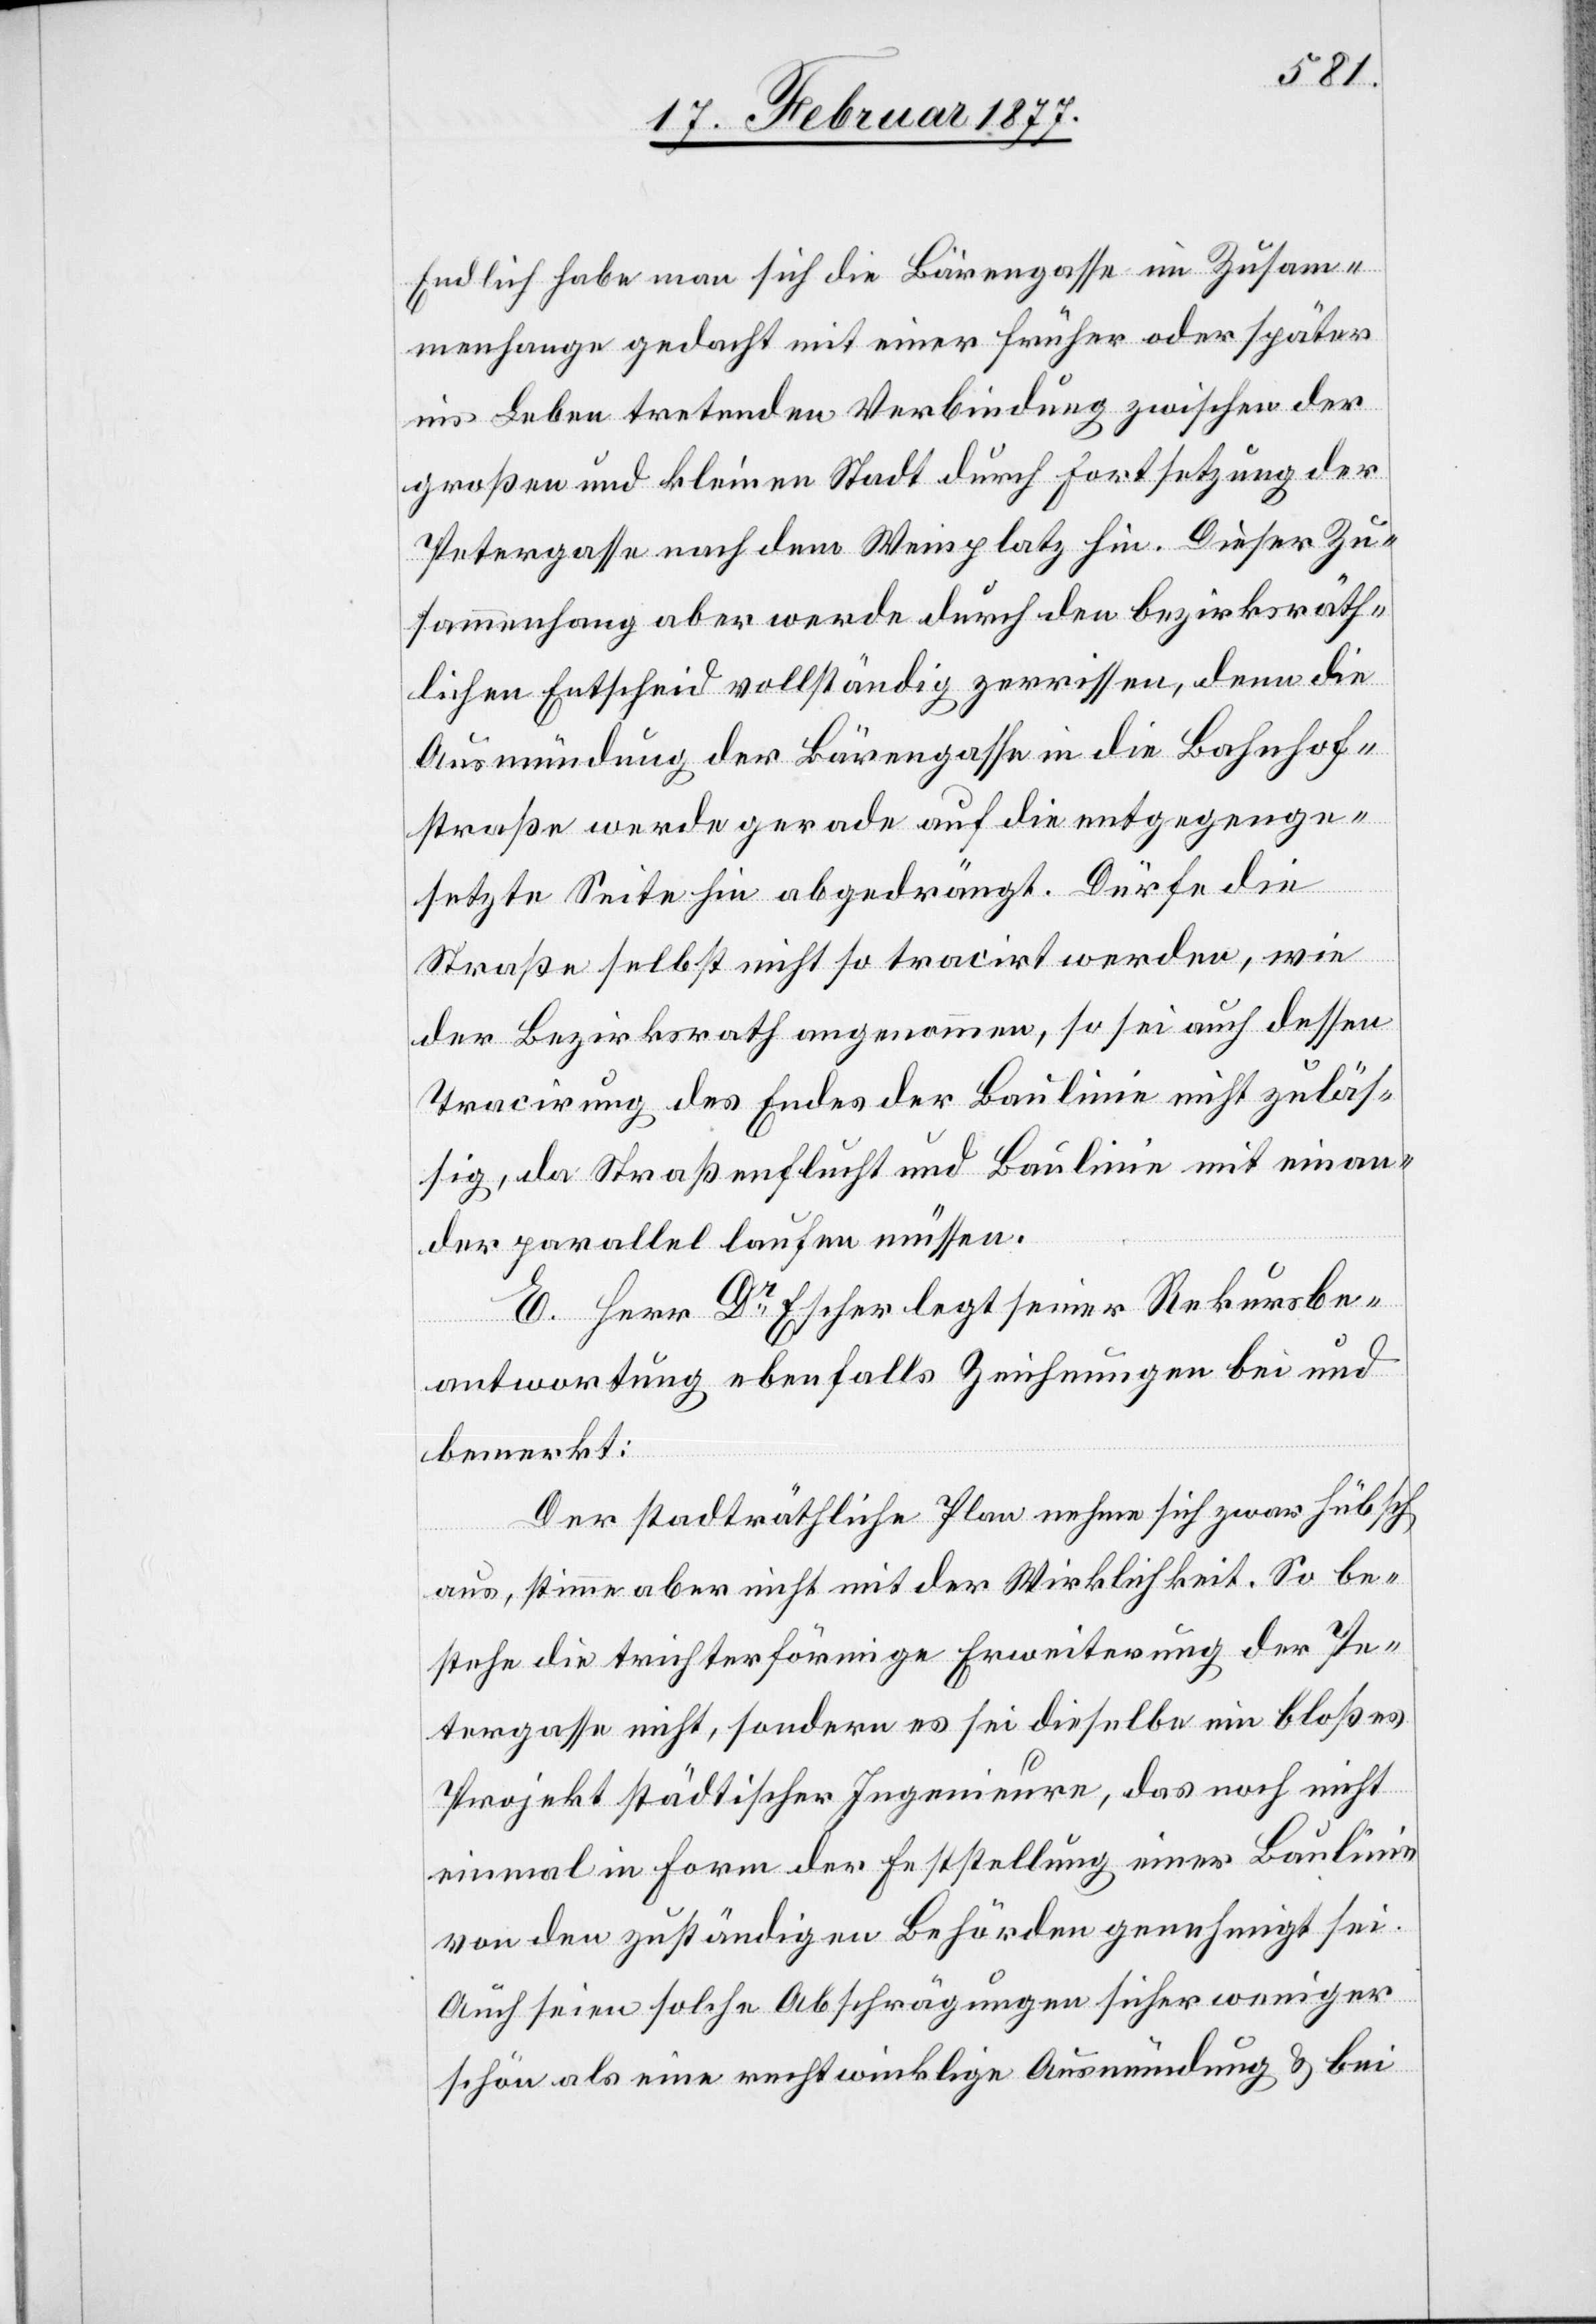
Endlich habe man sich die Bärengasse im Zusam¬
menhange gedacht mit einer früher oder später
ins Leben tretenden Verbindung zwischen der
großen und kleinen Stadt durch Fortsetzung der
Petergasse nach dem Weinplatz hin. Dieser Zu¬
sammenhang aber werde durch den bezirksräth¬
lichen Entscheid vollständig zerrissen, denn die
Ausmündung der Bärengasse in die Bahnhof¬
straße werde gerade auf die entgegenge¬
setzte Seite hin abgedrängt. Dürfe die
Straße selbst nicht so tracirt werden, wie
der Bezirksrath angenommen, so sei auch dessen
Tracirung des Endes der Baulinie nicht zuläs¬
sig, da Straßenflucht und Baulinie mit einan¬
der parallel laufen müssen.
E. Herr Dr Escher legt seiner Rekursbe¬
antwortung ebenfalls Zeichnungen bei und
bemerkt:
Der stadträthliche Plan nehme sich zwar hübsch
aus, stimme aber nicht mit der Wirklichkeit. So be¬
stehe die trichterförmige Erweiterung der Pe¬
tergasse nicht, sondern es sei dieselbe ein bloßes
Projekt städtischer Ingenieure, das noch nicht
einmal in Form der Feststellung einer Baulinie
von den zuständigen Behörden genehmigt sei.
schön als eine rechtwinklige Ausmündung & bei